Indian journal of veterinary science and animal husbandry - Volume 1,
Year: 1931
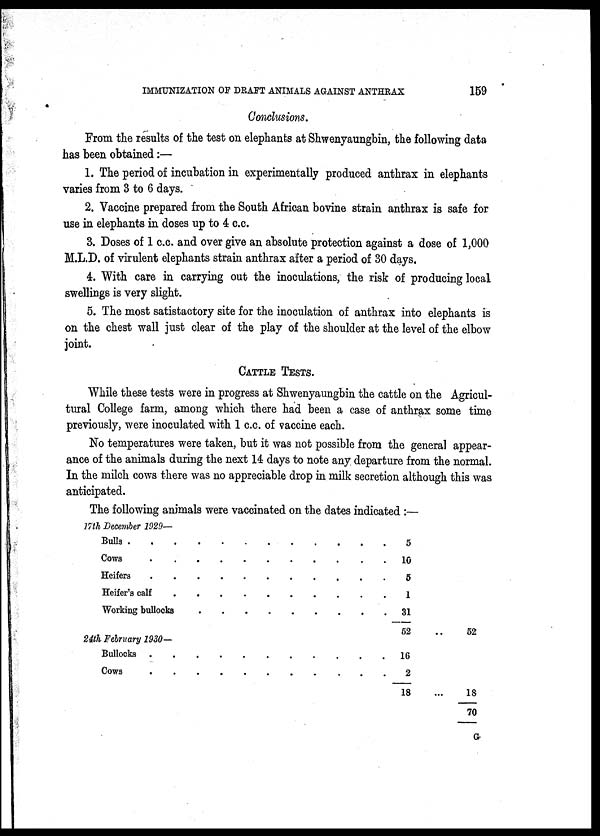
IMMUNIZATION OF DRAFT ANIMALS AGAINST ANTHRAX
159
Conclusions.
From the results of the test on elephants at Shwenyaungbin, the following data
has been obtained:—
1. The period of incubation in experimentally produced anthrax in elephants
varies from 3 to 6 days.
2. Vaccine prepared from the South African bovine strain anthrax is safe for
use in elephants in doses up to 4 c.c.
3. Doses of 1 c.c. and over give an absolute protection against a dose of 1,000
M.L.D. of virulent elephants strain anthrax after a period of 30 days.
4. With care in carrying out the inoculations, the risk of producing local
swellings is very slight.
5. The most satistactory site for the inoculation of anthrax into elephants is
on the chest wall just clear of the play of the shoulder at the level of the elbow
joint.
CATTLE TESTS.
While these tests were in progress at Shwenyaungbin the cattle on the Agricul-
tural College farm, among which there had been a case of anthrax some time
previously, were inoculated with 1 c.c. of vaccine each.
No temperatures were taken, but it was not possible from the general appear-
ance of the animals during the next 14 days to note any departure from the normal.
In the milch cows there was no appreciable drop in milk secretion although this was
anticipated.
The following animals were vaccinated on the dates indicated:—
17th December 1929—
Bulls .
Cows
Heifers
Heifer's calf
Working bullocks
24th February 1930—
Bullocks
Cows
.....
.
.
.
.
.
.
.
5
10
5
1
31
52
16
2
18
52
18
70
G